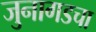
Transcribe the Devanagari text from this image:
जुनागडचा